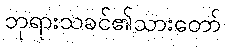
ဘုရားသခင်၏သားတော်